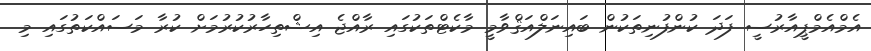
އެމްއެމްޕީއާރުސީ ފަދަ ކުންފުނިތަކުން ބައިނަލްއަޤްވާމީ މާކެޓްތަކުގައި ރާއްޖެ އިޝްތިހާރުކުރުމަށް ކުރާ މަސައްކަތުގައި މި